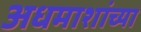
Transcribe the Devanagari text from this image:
अधमाशांच्या